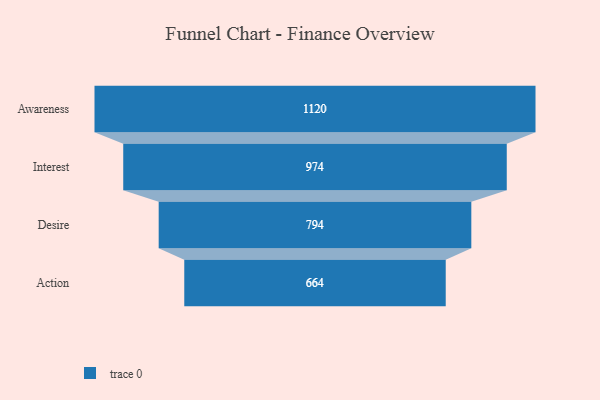
{"axis": {"x": "Stage", "y": "Value"}, "legend": [""], "data": [{"x": "Awareness", "y": 1120.0, "type": ""}, {"x": "Interest", "y": 974.0, "type": ""}, {"x": "Desire", "y": 794.0, "type": ""}, {"x": "Action", "y": 664.0, "type": ""}]}